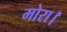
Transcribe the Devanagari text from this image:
मोरा।